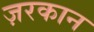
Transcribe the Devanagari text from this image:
ज़रकान